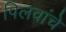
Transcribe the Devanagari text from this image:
पिलवांचे